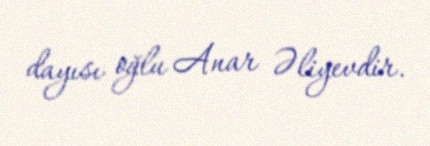
dayısı oğlu Anar Əliyevdir.